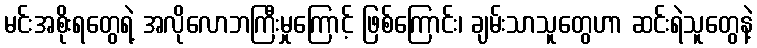
မင်းအစိုးရတွေရဲ့ အလိုလောဘကြီးမှုကြောင့် ဖြစ်ကြောင်း၊ ချမ်းသာသူတွေဟာ ဆင်းရဲသူတွေနဲ့